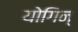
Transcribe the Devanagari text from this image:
योगिन्